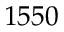
1 5 5 0